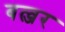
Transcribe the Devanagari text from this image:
बल्जर